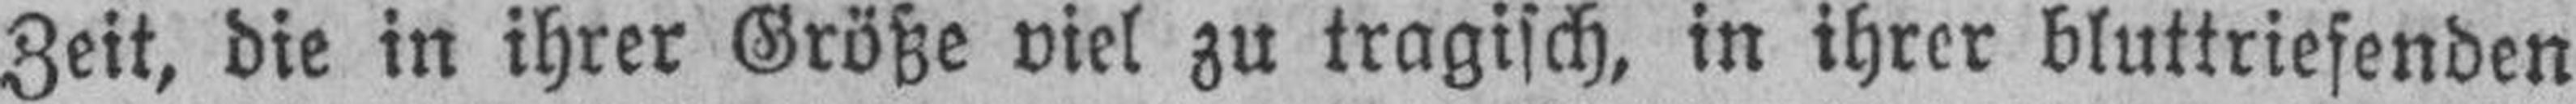
Zeit, die in ihrer Größe viel zu tragisch, in ihrer bluttriefenden